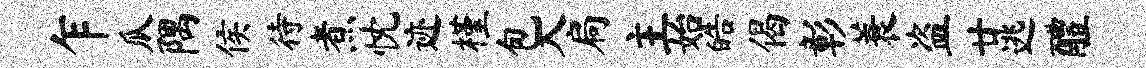
乍瓜隅侯待煮忱迹槿包入扃主始皓偈彰蓑盗廿逃醴